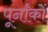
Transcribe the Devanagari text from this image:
पूर्नांकों